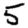
Digit: 5